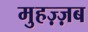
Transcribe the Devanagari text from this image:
मुहज़्ज़ब